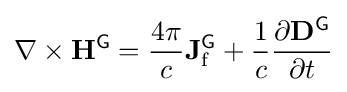
\nabla \times \mathbf {H} ^{\textsf {G}}={\frac {4\pi }{c}}\mathbf {J} _{\text{f}}^{\textsf {G}}+{\frac {1}{c}}{\frac {\partial \mathbf {D} ^{\textsf {G}}}{\partial t}}